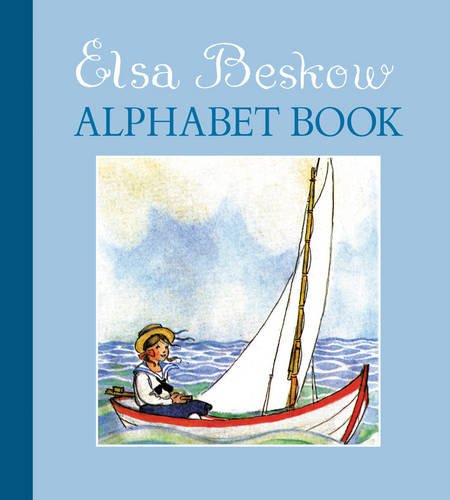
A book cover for The Elsa Beskow Alphabet Book; Elsa Beskow; Reference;